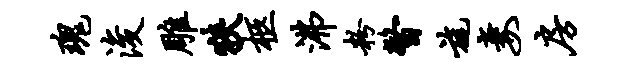
瑰浚雕狭柩沸粉瞥旄妻房